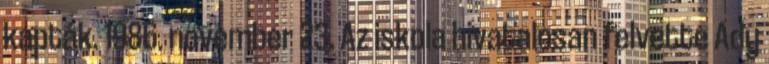
kapták. 1986. november 23. Az iskola hivatalosan felvette Ady